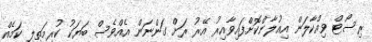
ރިސޯޓް ވިއްކާލަން އިއުލާންކޮށްފައިވާއިރު އޭރު ރަށް ގަންނަން އެއްވެސް ބަޔަކު ކުރިމަތިލި ކަމެއް